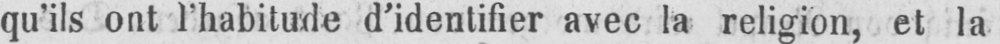
qu’ils ont l’habitude d’identifier avec la religion, et la